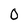
Character: 0